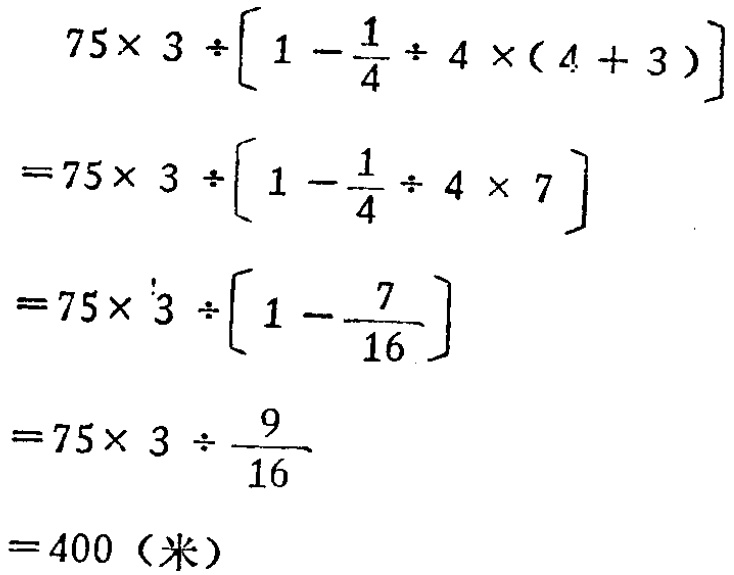
\[
\begin{align*}
&75\times 3\div\left[1 - \frac{1}{4}\div 4\times(4 + 3)\right]\\
=&75\times 3\div\left[1 - \frac{1}{4}\div 4\times 7\right]\\
=&75\times 3\div\left[1 - \frac{7}{16}\right]\\
=&75\times 3\div\frac{9}{16}\\
=&400 \text{（米）}
\end{align*}
\]